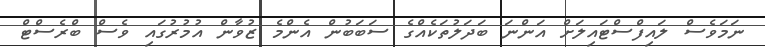
ނަމަވެސް ލައިފްސްޓައިލަށް އަންނަ ބަދަލުތަކެއްގެ ސަބަބުން އެންމެ ޒުވާން އުމުރުގައި ވެސް ބްރެސްޓް